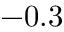
- 0 . 3